Medical and sanitary report on the native army of Bombay for the year
Year: 1879
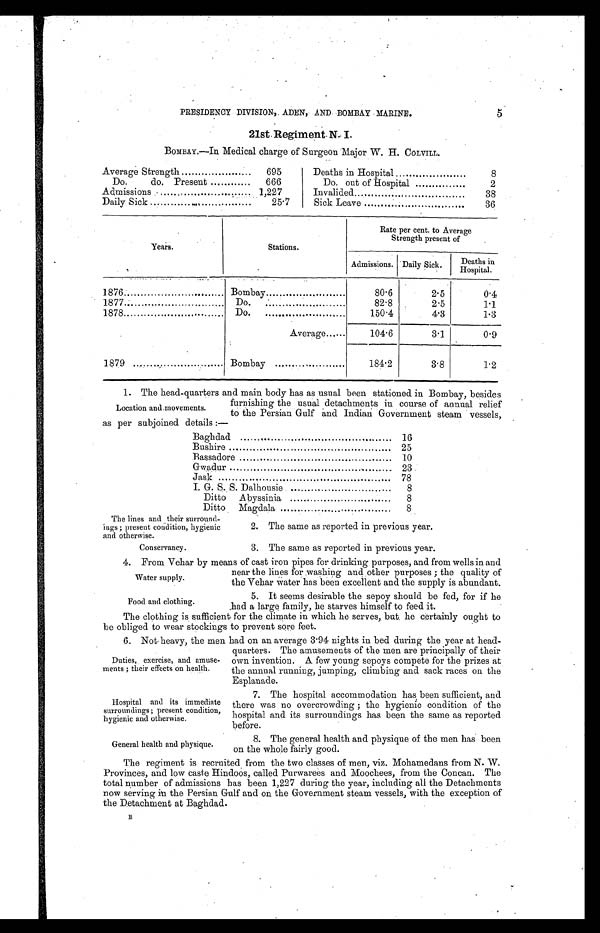
Water supply.
Food and clothing.
Hospital and its immediate
surroundings ; present condition,
hygienic and otherwise.
General health and physique.
5
PRESIDENCY DIVISION, ADEN, AND BOMBAY MARINE.
21st Regiment N. I.
BOMBAY.—In Medical charge of Surgeon Major W. H. COLVILL.
Average Strength
695
Do.
do. Present
666
Admissions ...
1,227
Daily Sick
....
25.7
Deaths in Hospital
8
Do. out of Hospital
2
Invalided
38
Sick Leave
36
Years.
Stations.
Rate per cent. to Average
Strength present of
Admissions. Daily Sick.
D e a t h s i n
H o s p i t a l .
1876
Bombay
80.6
2.5
0.4
1877
Do.
.
82.8
2.5
1 . 1
1878..
Do. . . . . . . . . . . . . . . . .
150.4
4.3
1.3
Average
104.6
3.1
0.9
1879
Bombay
184.2
3.8
1.2
1. The head-quarters and main body has as usual been stationed in Bombay, besides
furnishing the usual detachments in course of annual relief
Location and movements.
to the Persian Gulf and Indian Government steam vessels,
as per subjoined details
Baghdad
16
Bushire
25
Bassadore
10
Gwadur
..
23
Jask
78
I. G. S. S. Dalhousie
8
Ditto A byssinia
8
Ditto Magdala
8
The lines and their surround-
íngs ; present condition, hygienic
and otherwise.
Conservancy.
2. The same as reported in previous year.
3. The same as reported in previous year.
4. From Vehar by means of cast iron pipes for drinking purposes, and from wells in and
near the lines for washing and other purposes ; the quality of
the Vehar water has been excellent and the supply is abundant.
5. It seems desirable the sepoy should be fed, for if he
had a large family, he starves himself to feed it.
The clothing is. sufficient for the climate in which he serves, but he certainly ought to
be obliged to wear stockings to prevent sore feet.
6. Not heavy, the men had on an average 3.94 nights in bed during the year at head-
Duties, exercise, and amuse-
ments ; their effects on health.
quarters. The amusements of the men are principally of their
own invention. A few young sepoys compete for the prizes at
the annual running, jumping, climbing and sack races on the
Esplanade.
7. The hospital accommodation has been sufficient, and
there was no overcrowding ; the hygienic condition of the
hospital and its surroundings has been the same as reported
before.
8. The general health and physique of the men has been
on the whole fairly good.
The regiment is recruited from the two classes of men, viz. Mohamedans from N. W.
Provinces, and low caste Hindoos, called Purwarees and Moochees, from the Concan. The
total number of admissions has been 1,227 during the year, including all the Detachments
now serving in the Persian Gulf and on the Government steam vessels, with the exception of
the Detachment at Baghdad.
B